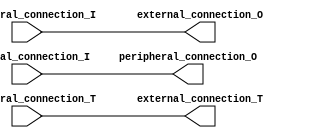
/*
 * UPB Dummy Port core
 *
 * Copyright (c) 2014, 2015 Jrg Niklas
 * osjsn@niklasfamily.de
 *
 * This file is part of the NetFPGA 10G UPB OpenFlow Switch project.
 *
 * Project Group "On-the-Fly Networking for Big Data"
 * SFB 901 "On-The-Fly Computing"
 *
 * University of Paderborn
 * Computer Engineering Group
 * Pohlweg 47 - 49
 * 33098 Paderborn
 * Germany
 *
 *
 * This file is free code: you can redistribute it and/or modify it under
 * the terms of the GNU Lesser General Public License version 2.1 as
 * published by the Free Software Foundation.
 *
 * This file is distributed in the hope that it will be useful,
 * but WITHOUT ANY WARRANTY; without even the implied warranty of
 * MERCHANTABILITY or FITNESS FOR A PARTICULAR PURPOSE. See the
 * GNU Lesser General Public License for more details.
 *
 * You should have received a copy of the GNU Lesser General Public License
 * along with this project. If not, see <http://www.gnu.org/licenses/>.
 */

`default_nettype none

module nf10_upb_dummy_port #(

	parameter peripheral_port_width = 32,
	parameter external_port_width = 32
	
) (
	
	input wire [(peripheral_port_width-1):0] peripheral_connection_I,
	output wire [(peripheral_port_width-1):0] peripheral_connection_O,
	input wire [(peripheral_port_width-1):0] peripheral_connection_T,

	input wire [(external_port_width-1):0] external_connection_I,
	output wire [(external_port_width-1):0] external_connection_O,
	output wire [(external_port_width-1):0] external_connection_T

);

assign external_connection_O = peripheral_connection_I;
assign external_connection_T = peripheral_connection_T;
assign peripheral_connection_O = external_connection_I;

endmodule